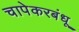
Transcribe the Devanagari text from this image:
चापेकरबंधू